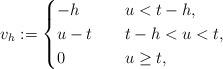
LaTeX: \begin{align*}v_h:=\begin{cases}-h\quad&u<t-h,\\u-t\quad&t-h<u< t,\\0\quad&u\geq t,\end{cases}\end{align*}